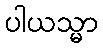
ပါယသ္မာ